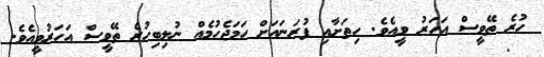
ހުރެ ތޭވީސް އަހަރު ވީއެވެ. ހިތަށާއި ފުރަނައަށް ހަމަޖެހުމެއް ނުލިބިހުރެ ތޭވީސް އަހަރުވީއެވެ.